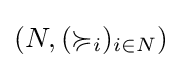
(N,(\succcurlyeq _{i})_{i\in N})